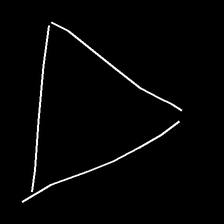
Glyph: convergence